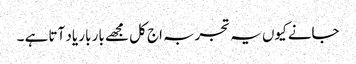
جانے کیوں یہ تجربہ اج کل مجھے بار بار یاد آتا ہے ۔